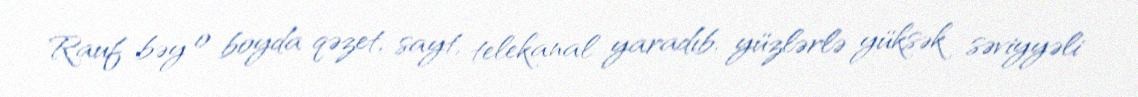
Rauf bəy o boyda qəzet, sayt, telekanal yaradıb, yüzlərlə yüksək səviyyəli